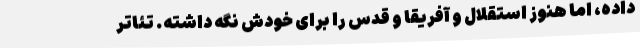
داده، اما هنوز استقلال و آفریقا و قدس را برای خودش نگه داشته. تئاتر